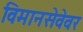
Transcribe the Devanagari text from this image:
विमानसेवेवर